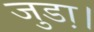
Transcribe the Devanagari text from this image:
जुडा़।